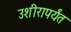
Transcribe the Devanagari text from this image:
उशीरापर्यंत